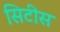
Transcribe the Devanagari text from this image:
सिटीस